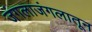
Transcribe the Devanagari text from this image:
जंगलाजंगलातून